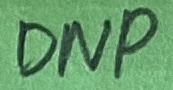
Text: DNP